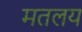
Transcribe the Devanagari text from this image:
मतलय